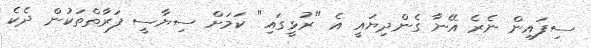
ސިފައިން ނެރެ އޭނާ ގެންދިޔައީ އެ "ރުޅީގައި" ކަމަށް ސިޔާސީ ފަރާތްތަކުން ދެކެ